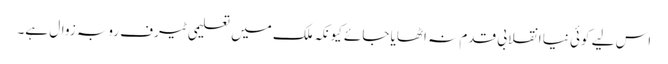
اس لیے کوئی نیا انقلابی قدم نہ اٹھایا جائے کیونکہ ملک میں تعلیمی ٹیرف روبہ زوال ہے۔